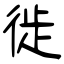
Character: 徙